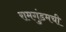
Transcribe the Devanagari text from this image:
रामगुंडमची